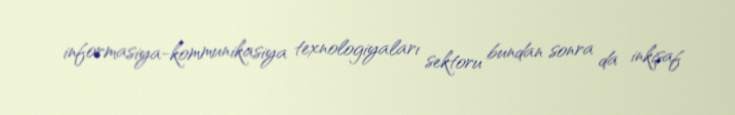
informasiya-kommunikasiya texnologiyaları sektoru bundan sonra da inkişaf